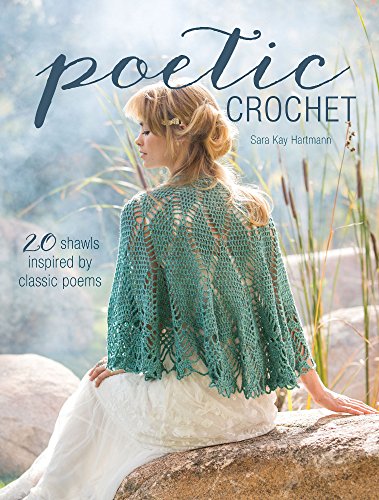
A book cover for Poetic Crochet: 20 Shawls Inspired by Classic Poems; Sara Kay Hartmann; Crafts, Hobbies & Home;